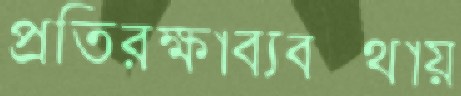
প্রতিরক্ষাব্যবস্থায়